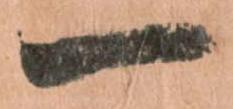
一